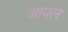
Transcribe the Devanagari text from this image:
अापले